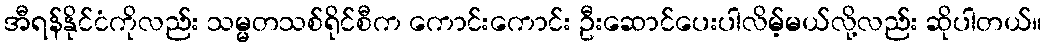
အီရန်နိုင်ငံကိုလည်း သမ္မတသစ်ရိုင်စီက ကောင်းကောင်း ဦးဆောင်ပေးပါလိမ့်မယ်လို့လည်း ဆိုပါတယ်။